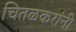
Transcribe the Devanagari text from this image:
चितळकरांनी